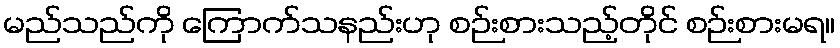
မည်သည်ကို ကြောက်သနည်းဟု စဉ်းစားသည့်တိုင် စဉ်းစားမရ။